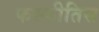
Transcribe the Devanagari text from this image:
फस्कीतिस